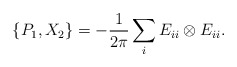
\begin{align*}\{P_1,X_2\}=-\frac{1}{2\pi}\sum_{i} E_{ii}\otimes E_{ii}.\end{align*}